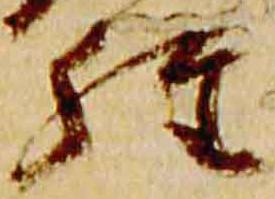
経